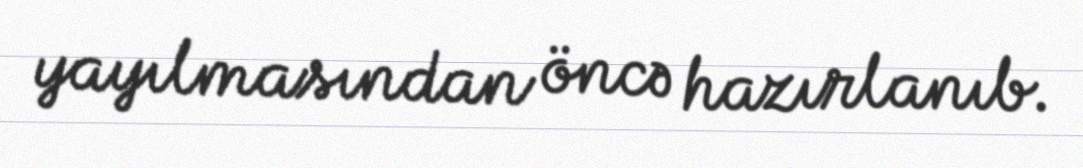
yayılmasından öncə hazırlanıb.